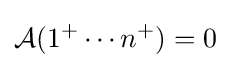
{\mathcal {A}}(1^{+}\cdots n^{+})=0